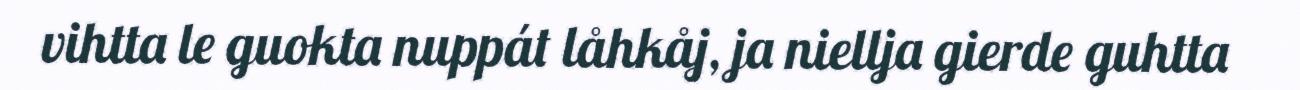
vihtta le guokta nuppát låhkåj, ja niellja gierde guhtta